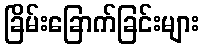
ခြိမ်းခြောက်ခြင်းများ